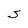
Character: S